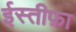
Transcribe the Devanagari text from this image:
ईस्तीफ़ा